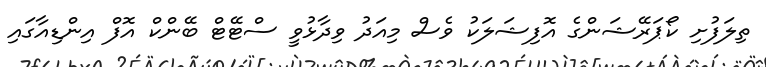
ތިލަފުށި ކޯޕަރޭޝަންގެ އޮފިޝަލަކު ވެސް މިއަދު ވިދާޅުވީ ސްޓޭޓް ބޭންކް އޮފް އިންޑިއާގައި